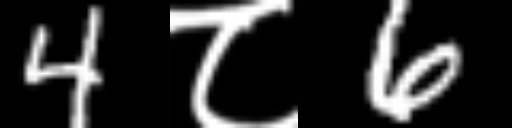
Text: 4८6